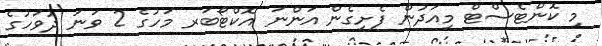
މި ކޮންޓެސްޓް މިއަދުން ފެށިގެން އަންނަ އޮކްޓޯބަރ މަހުގެ 2 ވަނަ ދުވަހުގެ